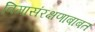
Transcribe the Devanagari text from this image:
विमासंरक्षणाबाबत